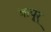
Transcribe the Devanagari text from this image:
कपूर्